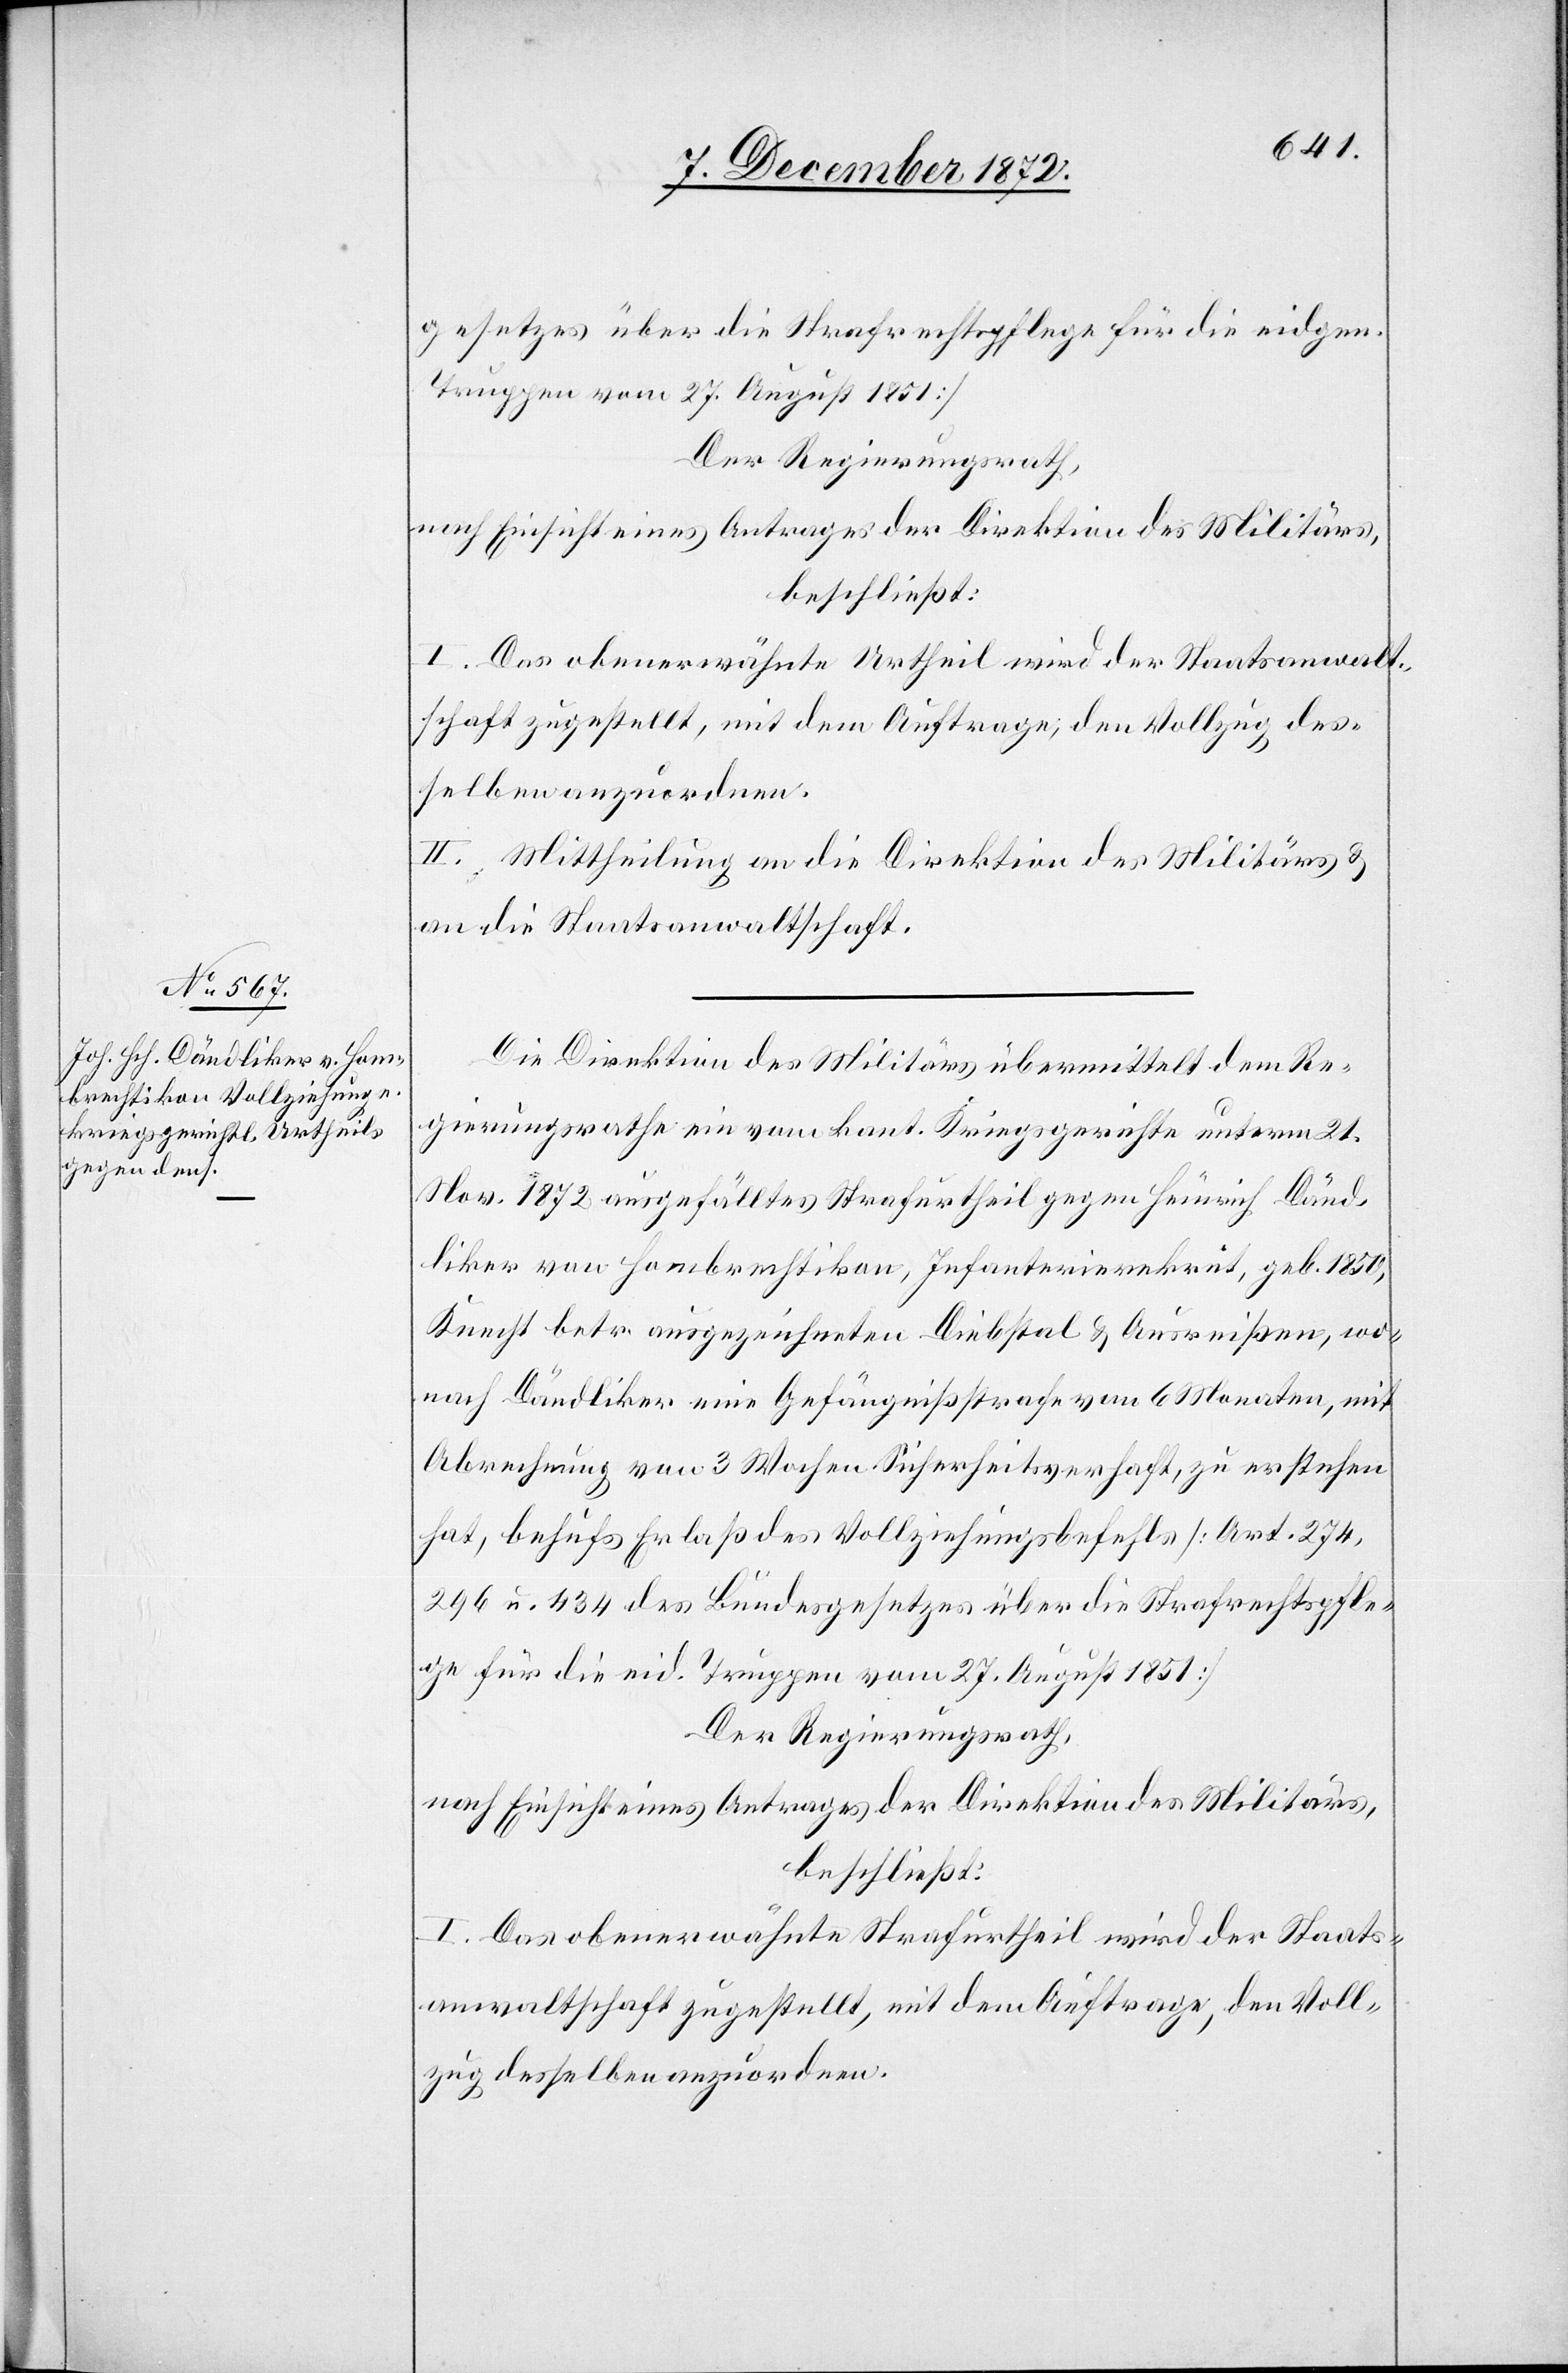
gesetzes über die Strafrechtspflege für die eidgen.
Truppen vom 27. August 1851]
Der Regierungsrath,
nach Einsicht eines Antrages der Direktion des Militärs,
beschließt:
I. Das obenerwähnte Urtheil wird der Staatsanwalt¬
schaft zugestellt, mit dem Auftrage, den Vollzug des¬
selben anzuordnen.
II. Mittheilung an die Direktion des Militärs u.
an die Staatsanwaltschaft.
Die Direktion des Militärs übermittelt dem Re¬
gierungsrathe ein vom kant. Kriegsgerichte unterm 21.
Nov. 1872 ausgefälltes Strafurtheil gegen Heinrich Dänd¬
liker von Hombrechtikon, Infanterierekrut, geb. 1850,
Knecht betr. ausgezeichneten Diebstal u. Ausreißen, wo¬
nach Dändliker eine Gefängnißstrafe von 6 Monaten, mit
Abrechnung von 3 Wochen Sicherheitsverhaft, zu erstehen
hat, behufs Erlaß des Vollziehungsbefehls [Art. 274,
296 u. 434 des Bundesgesetzes über die Strafrechtspfle¬
ge für die eid. Truppen vom 27. August 1851]
Der Regierungsrath,
nach Einsicht eines Antrages der Direktion des Militärs,
beschließt:
I. Das obenerwähnte Strafurtheil wird der Staats¬
anwaltschaft zugestellt, mit dem Auftrage, den Voll¬
zug desselben anzuordnen.